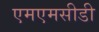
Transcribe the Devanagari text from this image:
एमएमसीडी